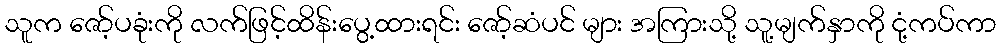
သူက ဇော့်ပခုံးကို လက်ဖြင့်ထိန်းပွေ့ထားရင်း ဇော့်ဆံပင် များ အကြားသို့ သူ့မျက်နှာကို ငုံ့ကပ်ကာ